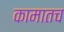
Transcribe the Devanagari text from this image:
कामातच